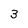
Character: 3